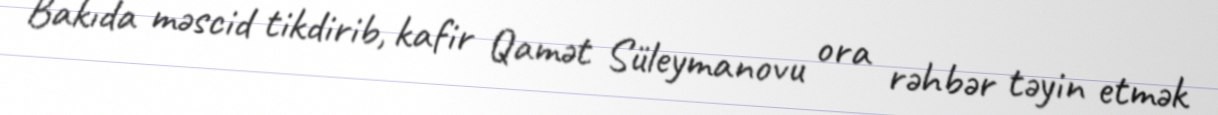
Bakıda məscid tikdirib, kafir Qamət Süleymanovu ora rəhbər təyin etmək